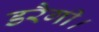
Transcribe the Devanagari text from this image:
डरैगी।